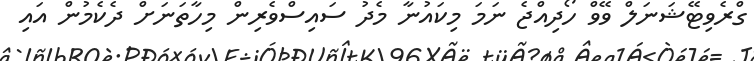
ގްރެވިޓޭޝަނަލް ވޭވް ހޯދިއްޖެ ނަމަ މިކައުނާ މެދު ސައިސްވެރިން މިހާތަނަށް ދެކެމުން އައި